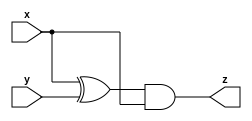
module top_module (input x, input y, output z);
    reg A;
wire d;
    xor(d,x,y);
    and(z,d,x);
    assign A=z;
endmodule